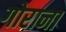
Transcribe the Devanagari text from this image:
गोराना